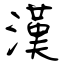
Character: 漢